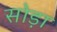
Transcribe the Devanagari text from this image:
सोड़ा